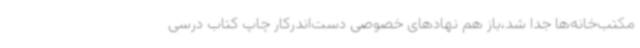
مکتب‌خانه‌ها جدا شد،باز هم نهادهای خصوصی دست‌اندرکار چاپ کتاب درسی